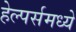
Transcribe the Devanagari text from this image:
हेल्पर्समध्ये